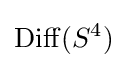
\mathrm {Diff} (S^{4})